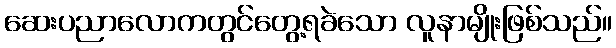
ဆေးပညာလောကတွင်တွေ့ရခဲသော လူနာမျိုးဖြစ်သည်။